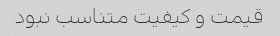
قیمت و کیفیت متناسب نبود